Annual returns of the Patna Lunatic Asylum at Bankipore in Bihar and Orissa - 1912-1924
Year: 1912
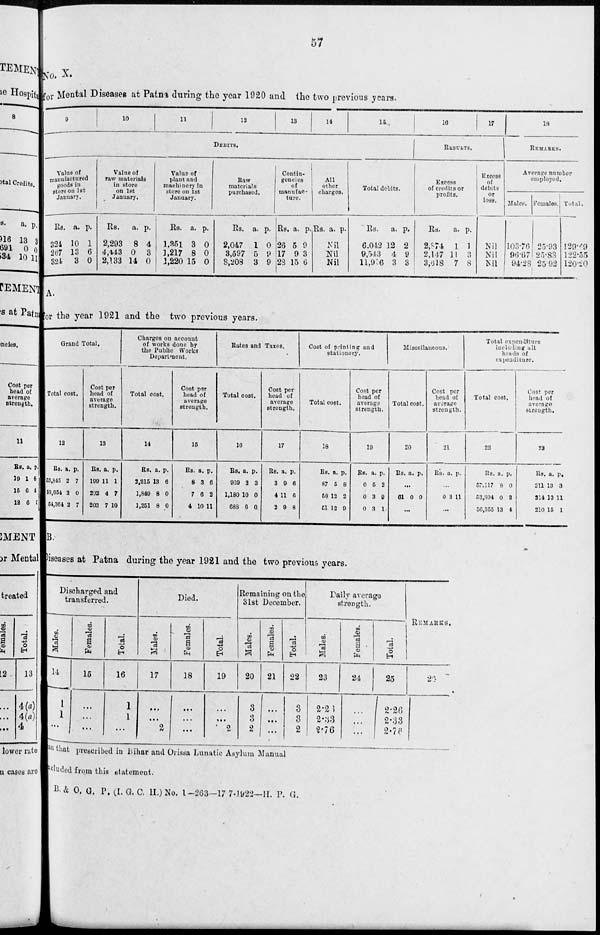
57
No. X.
for Mental Diseases at Patna during the year 1920 and the two previous years.
9
10
11
12
13
14
15
DEBITS.
Value of
manufactured
goods in
store on 1st
January.
Rs.
324
267
324
a.
10
13
3
p.
1
6
0
Value of
raw materials
in store
on 1st
January.
Rs.
2,293
4,443
2,133
a.
8
0
14
p.
4
3
0
Value of
plant and
machinery in
store on 1st
January.
Rs.
1,351
1,217
1,220
a.
3
8
15
p.
0
0
0
Raw
materials
purchased.
Rs.
2,047
3,597
8,208
a.
1
5
3
p.
0
9
9
Contin-
gencies
of
manufac-
ture.
Rs.
26
17
23
a.
5
9
15
p.
9
3
6
All
other
charges.
Rs. a. p.
Nil
Nil
Nil
Total debits.
Rs.
6,042
9,543
11,916
a.
12
4
3
p.
2
9
3
16
17
RESULTS.
Excess
of credits or
profits.
Rs.
2,874
2,147
3,618
a.
1
11
7
p.
1
3
8
Excess
of
debits
or
loss.
Nil
Nil
Nil
18
REMARKS.
Average number
employed.
Males.
103.76
96.67
94.28
Females.
25.93
25.88
25.92
Total.
129.69
122.55
120.20
A.
for the year 1921 and the two previous years.
Grand Total.
Total cost.
12
Rs.
3,845
50,654
54,364
a.
2
2
2
p.
7
0
7
Cost per
head of
average
strength.
13
Rs.
199
202
203
a.
11
4
7
p.
1
7
10
Charges on account
of works done by
the Public Works
Department.
Total cost.
14
Rs.
2,215
1,849
1,251
a.
13
8
8
p.
6
0
0
Cost per
head of
average
strength.
15
Rs.
8
7
4
a.
3
6
10
p.
6
2
11
Rates and Taxes.
Total cost.
16
Rs.
969
1,180
688
a.
2
10
6
p.
3
0
0
Cost per
head of
average
strength.
17
Rs.
3
4
2
a.
9
11
9
p.
6
6
8
Cost of printing and
stationery.
Total cost.
18
Rs.
87
58
51
a.
5
12
12
p.
8
2
0
Cost per
head of
average
strength.
10
Rs.
0
0
0
a.
5
3
3
p.
2
9
1
Miscellaneous.
Total cost.
20
Rs. a. p.
...
61 0 0
...
Cost per
head of
average
strength.
21
Rs. a. p.
...
0 3 11
...
Total expenditure
including all
heads of
expenditure.
Total cost.
22
Rs.
57,117
53,804
56,355
a.
8
0
13
p.
0
2
4
Cost per
head of
average
strength.
23
Rs.
211
214
210
a.
13
13
15
p.
3
11
1
B.
Diseases at Patna during the year 1921 and the two previous years.
Discharged and
transferred.
Males.
14
1
1
...
Females.
15
...
...
...
Total.
16
1
1
...
Died.
Males.
17
...
...
2
Females.
18
...
...
...
Total.
19
...
...
2
Remaining on the
31st December.
Males.
20
3
3
2
Females.
21
...
...
...
Total.
22
3
3
2
Daily average
strength.
Males.
23
2.26
2.33
2.76
Females.
24
...
...
...
Total.
25
2.26
2.33
2.76
REMARKS.
26
an that prescribed in Bihar and Orissa Lunatic Asylum Manual
excluded from this statement.
B. & O. G. P. (I. G. C. H.) No. 1—263—17-7-1922—H. P. G.